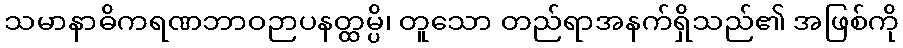
သမာနာဓိကရဏဘာဝဉာပနတ္ထမ္ပိ၊ တူသော တည်ရာအနက်ရှိသည်၏ အဖြစ်ကို